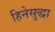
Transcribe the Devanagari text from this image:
हिनेसुद्धा